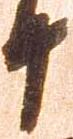
十